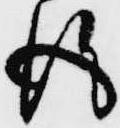
後